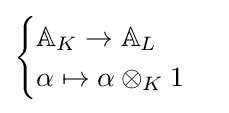
{\begin{cases}\mathbb {A} _{K}\to \mathbb {A} _{L}\\\alpha \mapsto \alpha \otimes _{K}1\end{cases}}